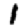
Digit: 1